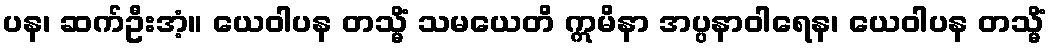
ပန၊ ဆက်ဦးအံ့။ ယေဝါပန တသ္မိံ သမယေတိ ဣမိနာ အပ္ပနာဝါရေန၊ ယေဝါပန တသ္မိံ